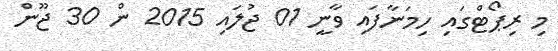
މި ރިޕޯޓްގައި ހިމަނާފައި ވާނީ 01 ޖުލައި 2015 ން 30 ޖޫން